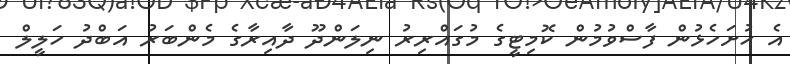
އެ ހުށަހެޅުން ފާސްވުމުން ކޮމިޓީގެ މުގައްރިރު ނިލަންދޫ ދާއިރާގެ މެންބަރު އަބްދު ހަލީލް